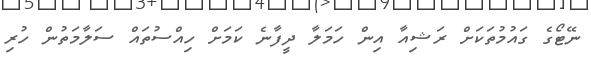
ނޭޓޯގެ ގައުމުތަކަށް ރަޝިއާ އިން ހަމަލާ ދީފާނެ ކަމަށް ހިއްސުތައް ސަލާމަތުން ހުރި